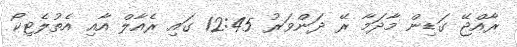
ރާއްޖޭ ގަޑިން މާދަމާ ރޭ ދަންވަރު 12:45 ގައި ރެއާލް އާއި އެތުލެޓިކޯ